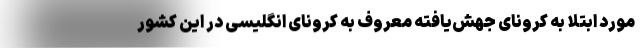
مورد ابتلا به کرونای جهش‌یافته معروف به کرونای انگلیسی در این کشور